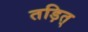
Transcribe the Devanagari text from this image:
तड़ित्‌